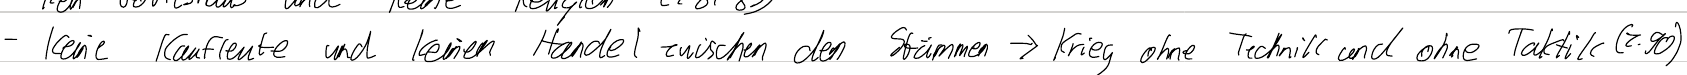
- keine Kaufleute und keinen Handel zwischen den Stämmen -> Krieg ohne Technik und ohne Taktik (Z. 90)